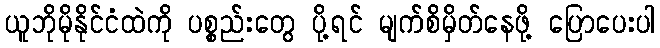
ယူဘိုမိုနိုင်ငံထဲကို ပစ္စည်းတွေ ပို့ရင် မျက်စိမှိတ်နေဖို့ ပြောပေးပါ